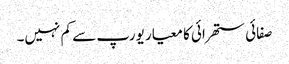
صفائی ستھرائی کا معیار یورپ سے کم نہیں۔